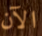
الآن